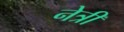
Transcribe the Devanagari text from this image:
नेत्रीं